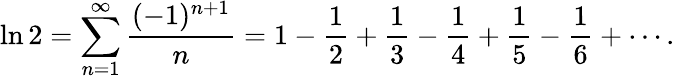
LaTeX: \ln 2=\sum_{n=1}^{\infty}{\frac{(-1)^{n+1}}{n}}=1-{\frac{1}{2}}+{\frac{1}{3}}-{\frac{1}{4}}+{\frac{1}{5}}-{\frac{1}{6}}+\cdots.